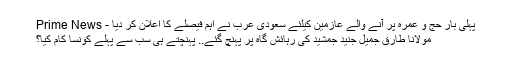
پہلی بار حج و عمرہ پر آنے والے عازمین کیلئے سعودی عرب نے اہم فیصلے کا اعلان کر دیا - Prime News
مولانا طارق جمیل جنید جمشید کی رہائش گاہ پر پہنچ گئے.. پہنچتے ہی سب سے پہلے کونسا کام کیا؟